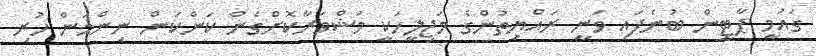
ގައުމީ ޕާޓީން ބުނެފައި ވަނީ ރައްޔިތުންގެ މަޖިލީހަކީ މަޝްވަރާކޮށްގެން ކަންކަން ނިންމަން ހުރި